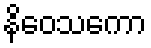
နိဝေသကော